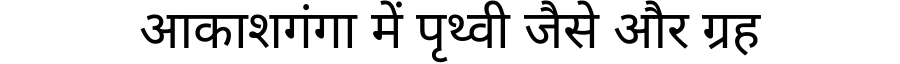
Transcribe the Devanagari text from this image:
आकाशगंगा में पृथ्वी जैसे और ग्रह